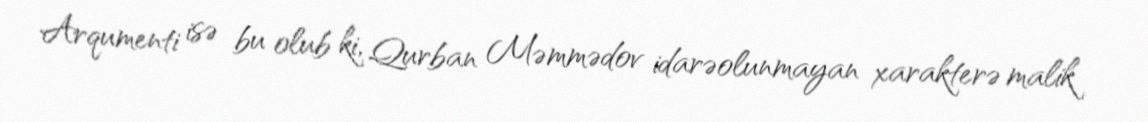
Arqumenti isə bu olub ki, Qurban Məmmədov idarəolunmayan xarakterə malik